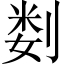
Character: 𫦉